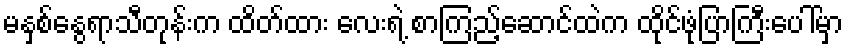
မနှစ်နွေရာသီတုန်းက ထိတ်ထား လေးရဲ့ စာကြည့်ဆောင်ထဲက ထိုင်ဖုံပြာကြီးပေါ်မှာ